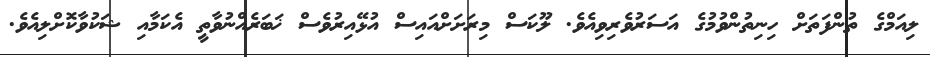
ލިއަމްގެ ތުންފަތަށް ހިނިތުންވުމުގެ އަސަރުވެރިވިއެވެ. ލޫކަސް މިރަށަށްއައިސް އުޅޭއިރުވެސް ޚަބަރެއްނުވާތީ އެކަމާއި ޝަކުވާކޮށްލިއެވެ.